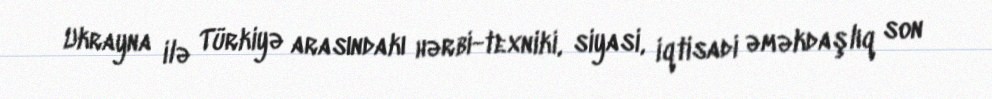
Ukrayna ilə Türkiyə arasındakı hərbi-texniki, siyasi, iqtisadi əməkdaşlıq son